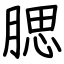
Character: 腮